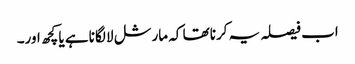
اب فیصلہ یہ کرنا تھا کہ مارشل لا لگانا ہے یا کچھ اور۔